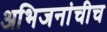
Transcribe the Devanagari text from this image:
अभिजनांचीच